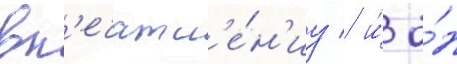
вп'ечатл'е́н'иу / и́ о́н